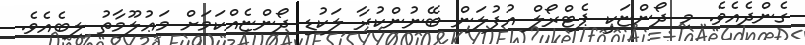
ގެންދެއެވެ. މި ދޯންޏަކީ ޕެޓްރޯލް އުފުލަން ބޭނުންކުރާ ލަކުޑި ދޯންޏެއްކަމަށް މަޢުލޫމާތު ލިބެއެވެ.